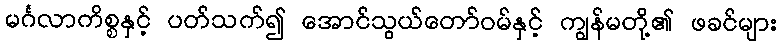
မင်္ဂလာကိစ္စနှင့် ပတ်သက်၍ အောင်သွယ်တော်ဝမ်နှင့် ကျွန်မတို့၏ ဖခင်များ